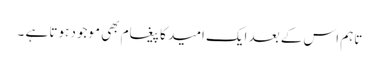
تاہم اس کے بعد ایک امید کا پیغام بھی موجود ہوتا ہے ۔